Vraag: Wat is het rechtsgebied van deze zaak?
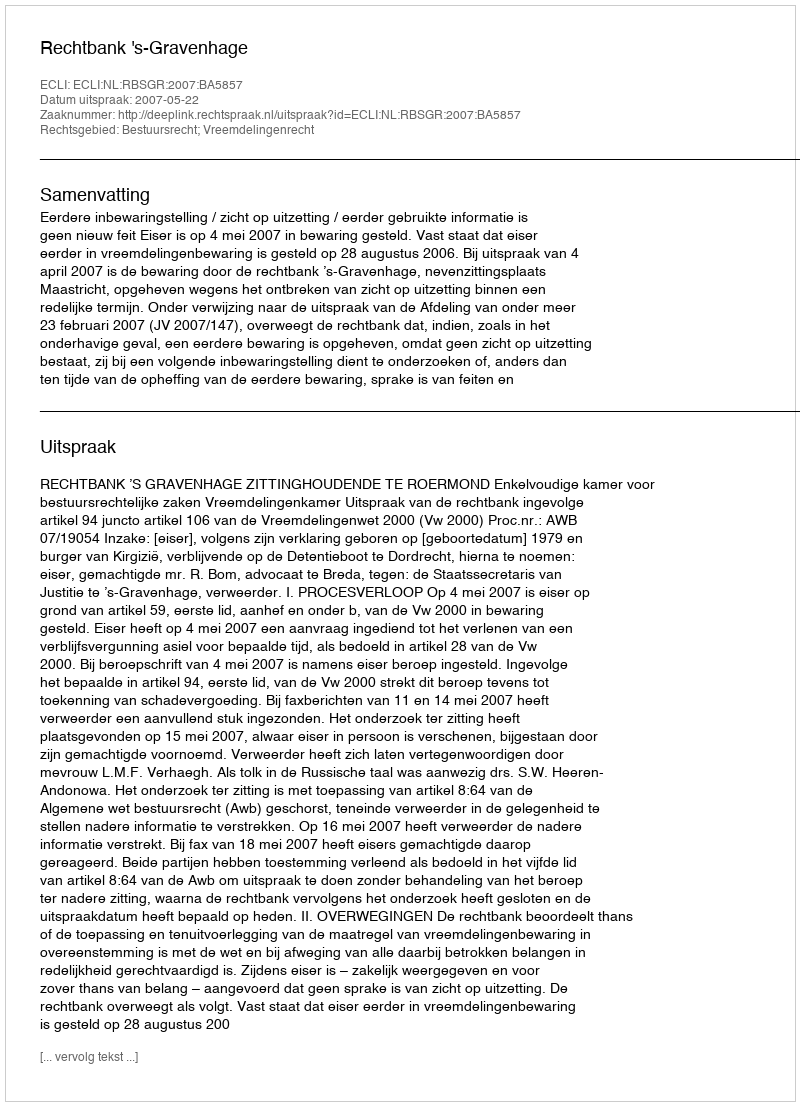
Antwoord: Bestuursrecht; Vreemdelingenrecht